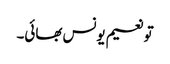
تو نعیم یونس بھائی۔